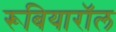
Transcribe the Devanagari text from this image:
रूबियारॉल